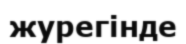
журегінде